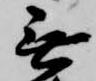
無